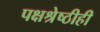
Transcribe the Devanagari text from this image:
पक्षश्रेष्ठीही